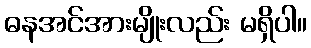
ဓနအင်အားမျိုးလည်း မရှိပါ။